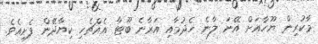
މާކުރިން ޔޫހާއަށް އޭނަ ލާނެ ހެދުމާއި އަރާނެ ބޫޓާ އެއްޗެހި ކިޔާދޭން ފެށިއެވެ.